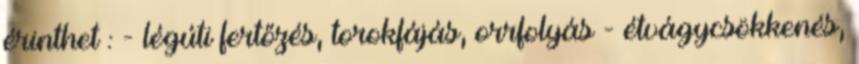
érinthet : - légúti fertőzés, torokfájás, orrfolyás - étvágycsökkenés,